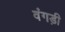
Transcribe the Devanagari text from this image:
वंगड़ी